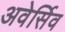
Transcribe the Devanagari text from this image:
अवेर्सिव